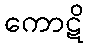
ကောဋိ